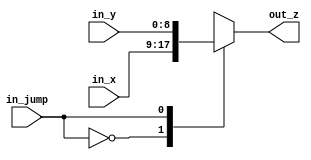
module mult4(
input in_jump,
input [8:0] in_x, in_y,
output reg [8:0] out_z
);
always@(*)
begin 
	case (in_jump)
		1'b0:
			begin
				out_z=in_x;
			end
		1'b1:
			begin
				out_z=in_y;
			end
		endcase
	end

endmodule